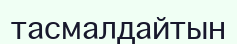
тасмалдайтын